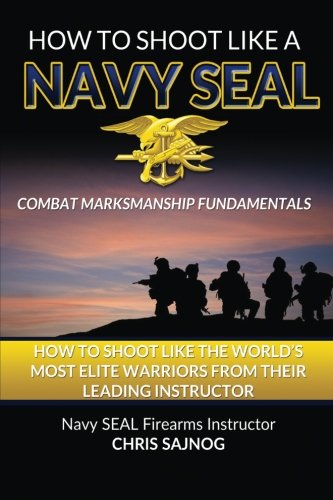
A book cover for How to Shoot Like a Navy SEAL: Combat Marksmanship Fundamentals; Chris Sajnog; Sports & Outdoors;